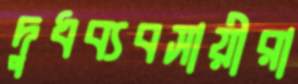
দুধব্যবসায়ীরা